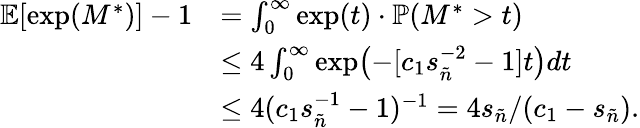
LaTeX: \begin{array}{rl}{\mathbb{E}[\exp(M^{*})]-1}&{=\int_{0}^{\infty}\exp(t)\cdot\mathbb{P}(M^{*}>t)}\\ &{\leq 4\int_{0}^{\infty}\exp\bigl(-[c_{1}s_{\tilde{n}}^{-2}-1]t\bigr)dt}\\ &{\leq 4(c_{1}s_{\tilde{n}}^{-1}-1)^{-1}=4s_{\tilde{n}}/(c_{1}-s_{\tilde{n}}).}\end{array}